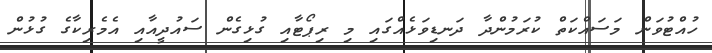
ހުއްޓުވަން މަސައްކަތް ކުރަމުންދާ ދަނޑިވަޅެއްގައި މި ރިޕޯޓާއި ގުޅިގެން ސައުދީއާއި އެމެރިކާގެ ގުޅުން